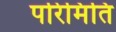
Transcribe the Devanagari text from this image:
परिमिति